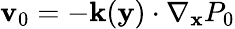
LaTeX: \mathbf v_{0}=-\mathbf k(\mathbf y)\cdot\nabla_{\mathbf x}P_{0}